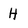
Character: H